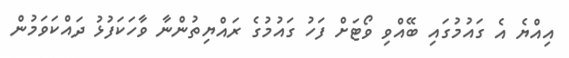
އިއްޔެ އެ ގައުމުގައި ބޭއްވި ވޯޓަށް ފަހު ގައުމުގެ ރައްޔިތުންނާ ވާހަކަފުޅު ދައްކަވަމުން